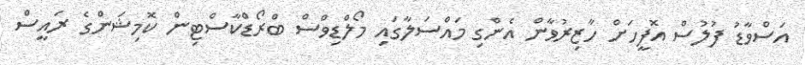
އަސްވާޑު ފުލުސް އޮފީހަށް ހާޒިރުވާން އެންގި މައްސަލާގައި މޯލްޑިވްސް ބްރޯޑްކާސްޓިން ކޮމިޝަންގެ ރައީސް